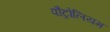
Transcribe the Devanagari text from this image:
पौट्रोलियम